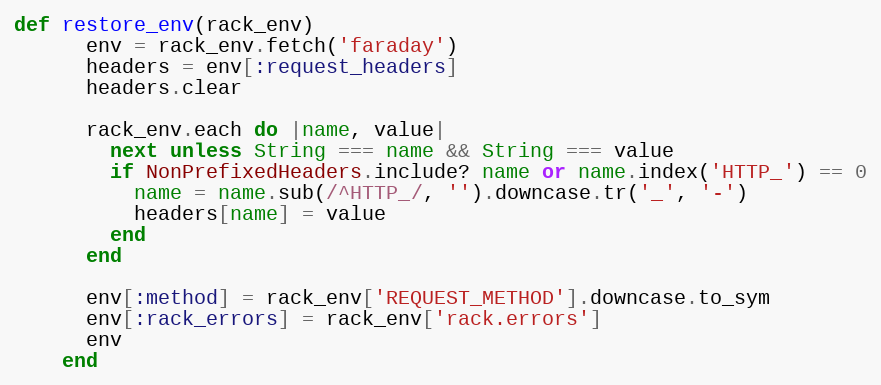
Language: Ruby
def restore_env(rack_env)
      env = rack_env.fetch('faraday')
      headers = env[:request_headers]
      headers.clear

      rack_env.each do |name, value|
        next unless String === name && String === value
        if NonPrefixedHeaders.include? name or name.index('HTTP_') == 0
          name = name.sub(/^HTTP_/, '').downcase.tr('_', '-')
          headers[name] = value
        end
      end

      env[:method] = rack_env['REQUEST_METHOD'].downcase.to_sym
      env[:rack_errors] = rack_env['rack.errors']
      env
    end